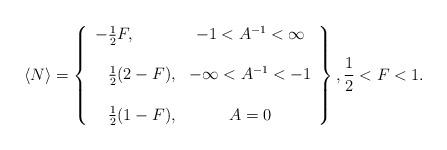
LaTeX: \begin{align*}\langle N\rangle=\left\{\begin{array}{lc}-\frac{1}{2}F,&-1<A^{-1}<\infty\\&\\\hphantom{-}\frac{1}{2}(2-F),&-\infty<A^{-1}<-1\\&\\\hphantom{-}\frac{1}{2}(1-F),&A=0\end{array}\right\}, \frac{1}{2}<F<1.\end{align*}